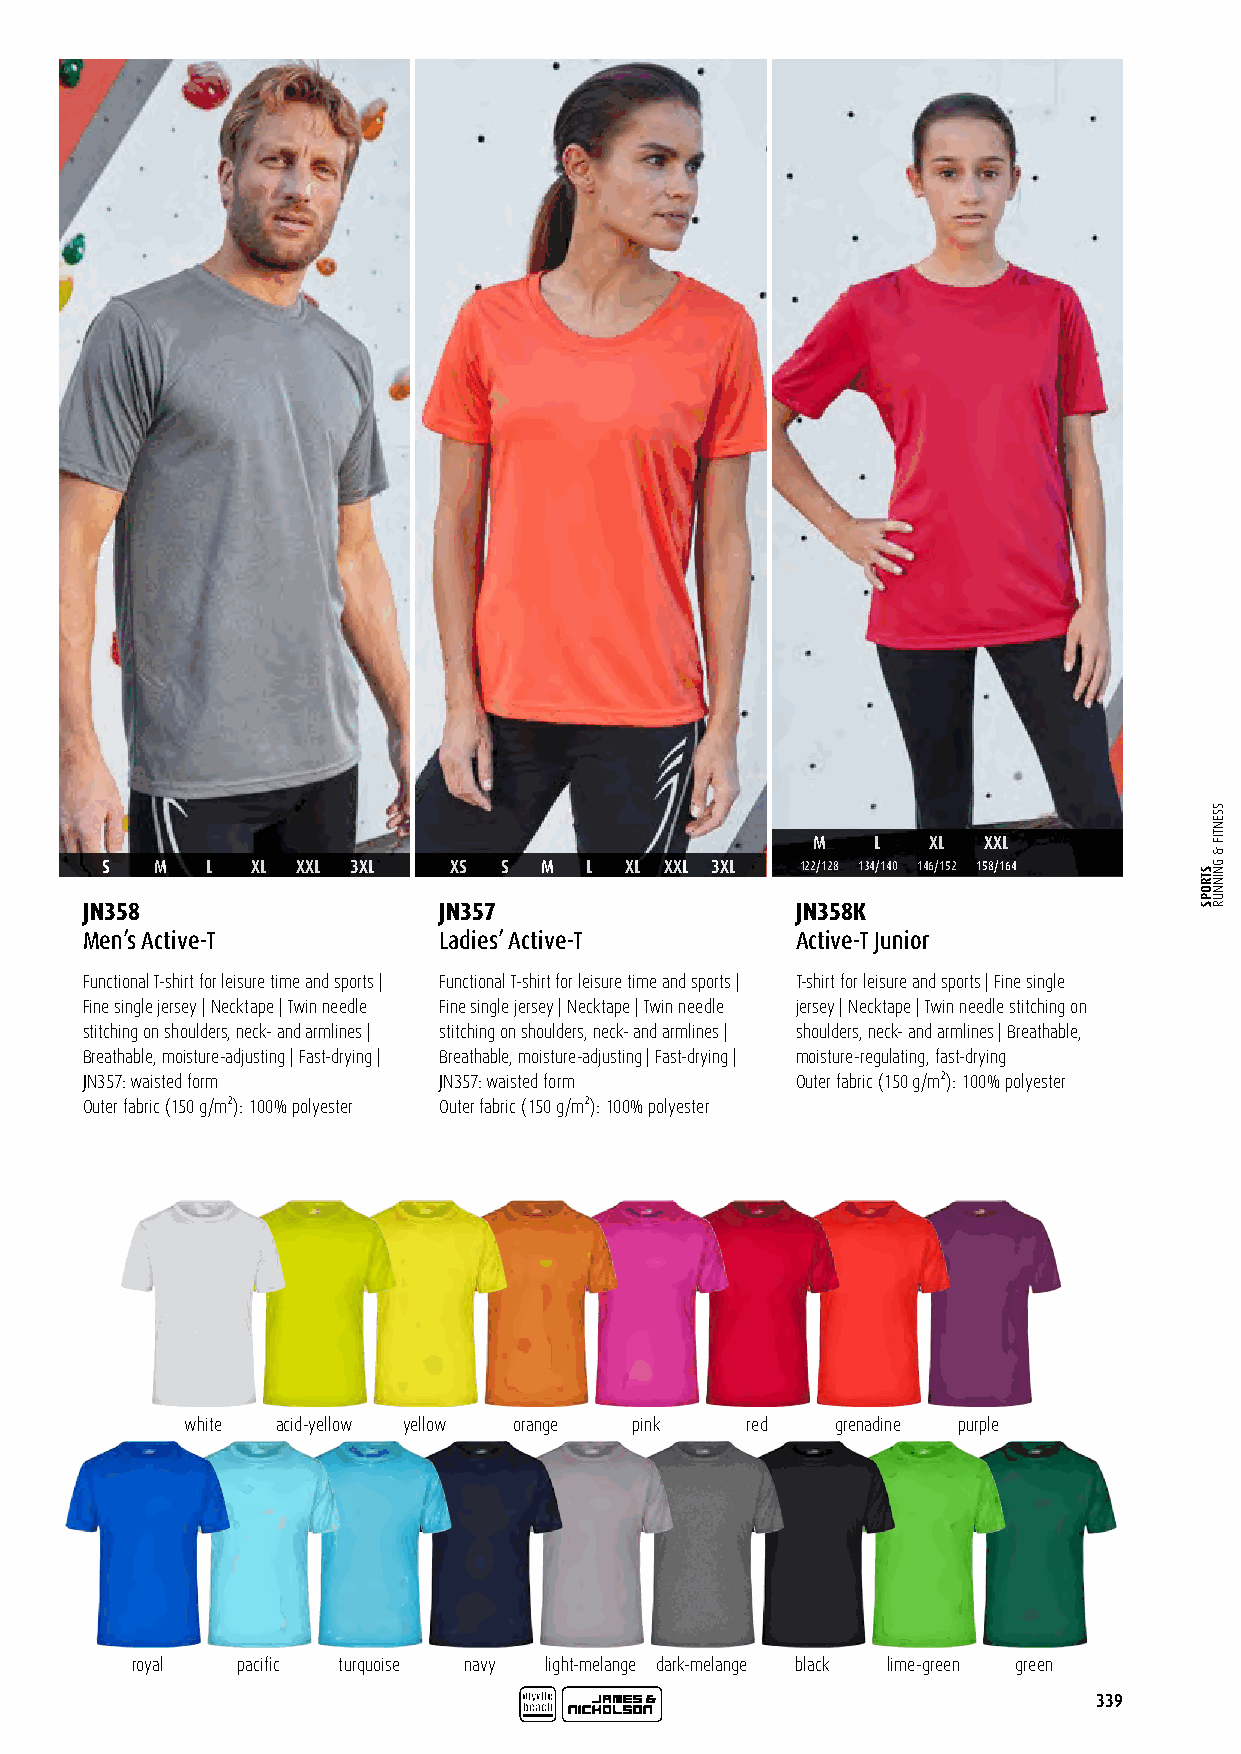
M   L   XL XXL
 S  M   L  XL XXL 3XL   XS S  M  L XL XXL 3XL  122/128 134/140 146/152 158/164
 JN358                   JN357                   JN358K
 Men’s Active-T          Ladies’ Active-T        Active-T Junior
 Functional T-shirt for leisure time and sports | Functional T-shirt for leisure time and sports | T-shirt for leisure and sports | Fine single
 Fine single jersey | Necktape | Twin needle Fine single jersey | Necktape | Twin needle jersey | Necktape | Twin needle stitching on
 stitching on shoulders, neck- and armlines | stitching on shoulders, neck- and armlines | shoulders, neck- and armlines | Breathable,
 Breathable, moisture-adjusting | Fast-drying | Breathable, moisture-adjusting | Fast-drying | moisture-regulating, fast-drying
 JN357: waisted form     JN357: waisted form     Outer fabric (150 g/m²): 100% polyester
 Outer fabric (150 g/m²): 100% polyester Outer fabric (150 g/m²): 100% polyester
 white acid-yellow yellow orange pink red   grenadine purple
 royal  pacific turquoise navy light-melange dark-melange black lime-green green
 339
 STROPS
 SSENTIF
 &
 GNINNUR